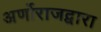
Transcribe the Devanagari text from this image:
अर्णोराजद्वारा